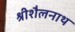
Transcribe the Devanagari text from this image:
श्रीशैलनाथ